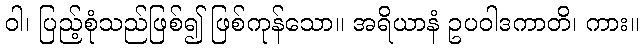
ဝါ၊ ပြည့်စုံသည်ဖြစ်၍ ဖြစ်ကုန်သော။ အရိယာနံ ဥပဝါဒကာတိ၊ ကား။